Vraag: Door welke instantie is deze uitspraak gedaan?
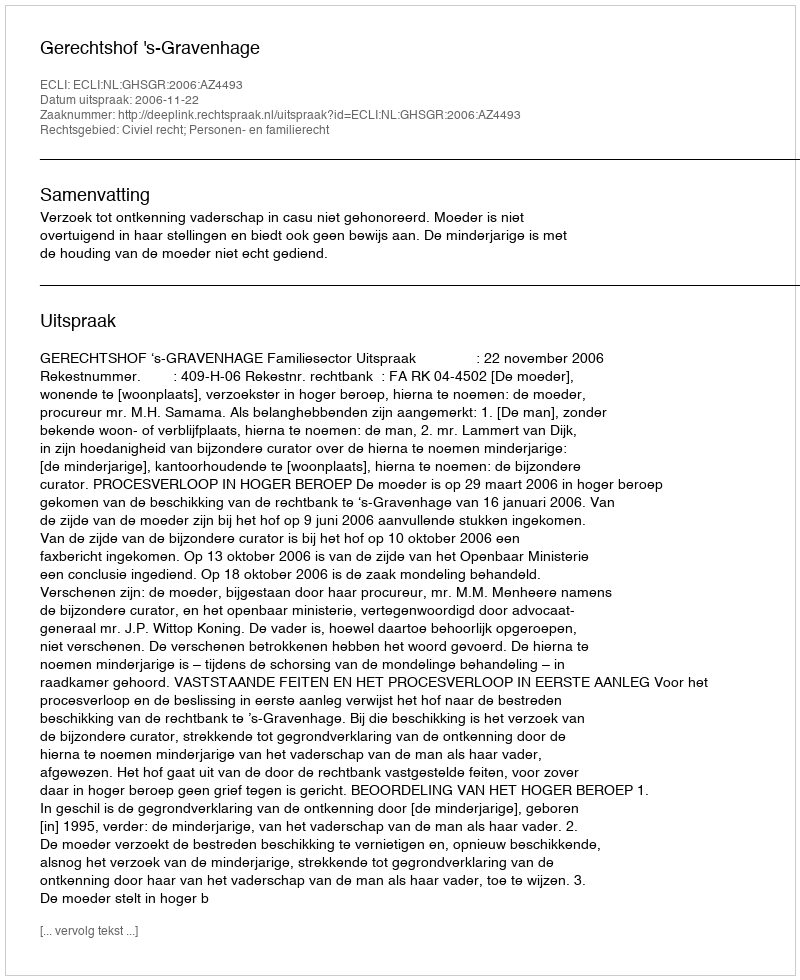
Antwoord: Gerechtshof 's-Gravenhage